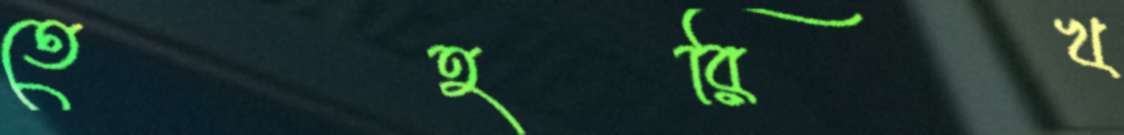
তেহরিখ